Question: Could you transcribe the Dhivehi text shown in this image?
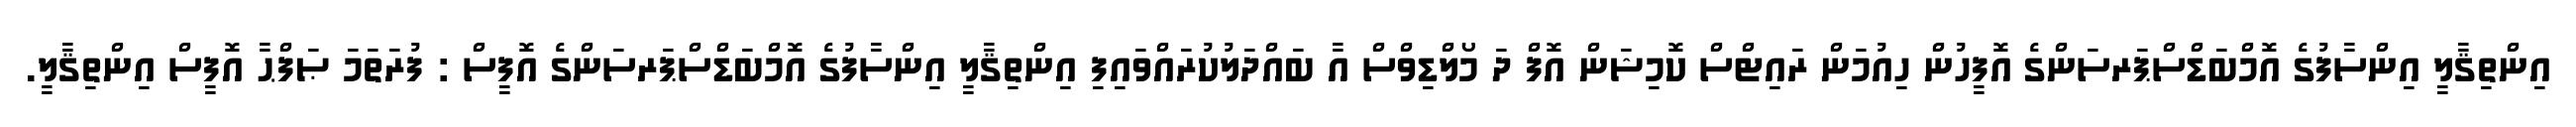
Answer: އިންތިޤާލީ އިންސާފުގެ އޮމްބަޑްސްޕަރސަންގެ އޮފީހުން ހިއުމަން ރައިޓްސް ކޮމިޝަން އޮފް ދަ މޯލްޑިވްސް އާ ބައްދަލުކުރައްވައިފި އިންތިޤާލީ އިންސާފުގެ އޮމްބަޑްސްޕަރސަންގެ އޮފީސް : ފުރަތަމަ ޞަފްޙާ އޮފީސް އިންތިޤާލީ.